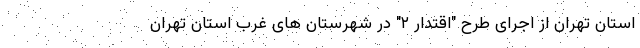
استان تهران از اجرای طرح "اقتدار ۲" در شهرستان های غرب استان تهران